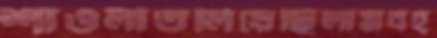
শাওলীতলিয়েছিলামবহ